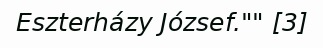
Eszterházy József."" [3]